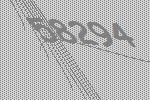
58294